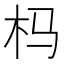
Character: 杩